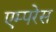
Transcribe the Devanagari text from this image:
एम्परेस